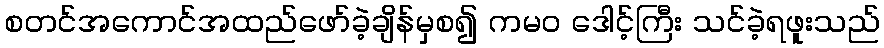
စတင်အကောင်အထည်ဖော်ခဲ့ချိန်မှစ၍ ကမဝ ဒေါင့်ကြီး သင်ခဲ့ရဖူးသည်